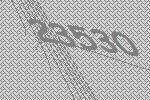
23530